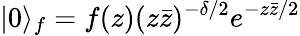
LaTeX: |0\rangle_{f}=f(z)(z\bar{z})^{-\delta/2}e^{-z\bar{z}/2}